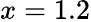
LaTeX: x=1.2